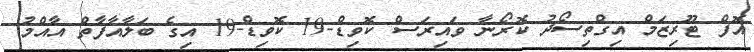
އޮފް ޓޫރިޒަމް އިގްތިސޯދު ކޮރޯނާ ވައިރަސް ކޮވިޑް-19 ކޮވިޑް-19 އިގެ ބަލާއާފާތް އާއްމު